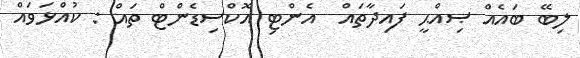
ލިބޭ ބައެއް ޞިއްޙީ ފައިދާތައް  އެންޓި އޮކްސިޑެންޓް ތައް : ކުއްޅަވައް